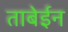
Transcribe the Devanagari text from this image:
ताबेईन